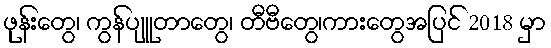
ဖုန်းတွေ၊ ကွန်ပျူတာတွေ၊ တီဗီတွေ၊ကားတွေအပြင် 2018 မှာ